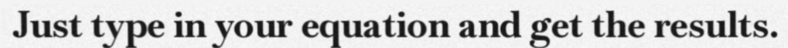
Just type in your equation and get the results.